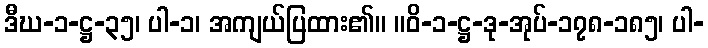
ဒီဃ-၁-ဋ္ဌ-၃၅၊ ပါ-၁၊ အကျယ်ပြထား၏။ ။ဝိ-၁-ဋ္ဌ-ဒု-အုပ်-၁၇၈-၁၈၅၊ ပါ-